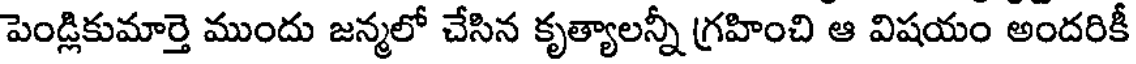
పెండ్లికుమార్తె ముందు జన్మలో చేసిన కృత్యాలన్నీ గ్రహించి ఆ విషయం అందరికీ